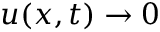
\boldsymbol { u } ( \boldsymbol { x } , t ) \rightarrow \boldsymbol { 0 }